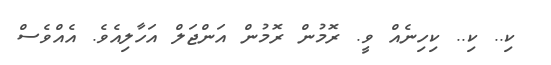
ކި.. ކި.. ކިހިނެއް ވީ. ރޮމުން ރޮމުން އަންޖަލް އަހާލިއެވެ. އެއްވެސް